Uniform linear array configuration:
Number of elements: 32
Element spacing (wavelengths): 0.75
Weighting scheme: exponential
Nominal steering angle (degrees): -45
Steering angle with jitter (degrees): -45.534
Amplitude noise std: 0.05
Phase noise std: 0.05

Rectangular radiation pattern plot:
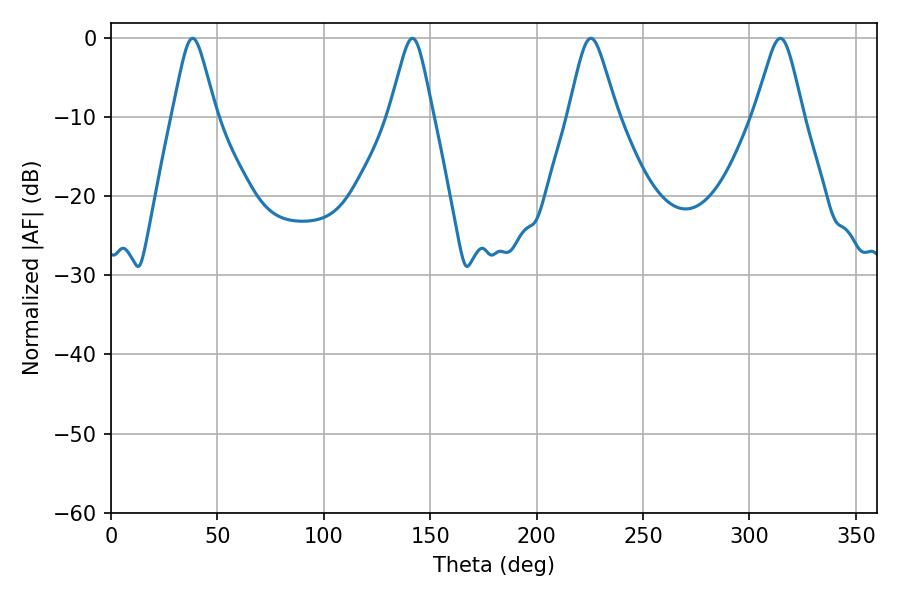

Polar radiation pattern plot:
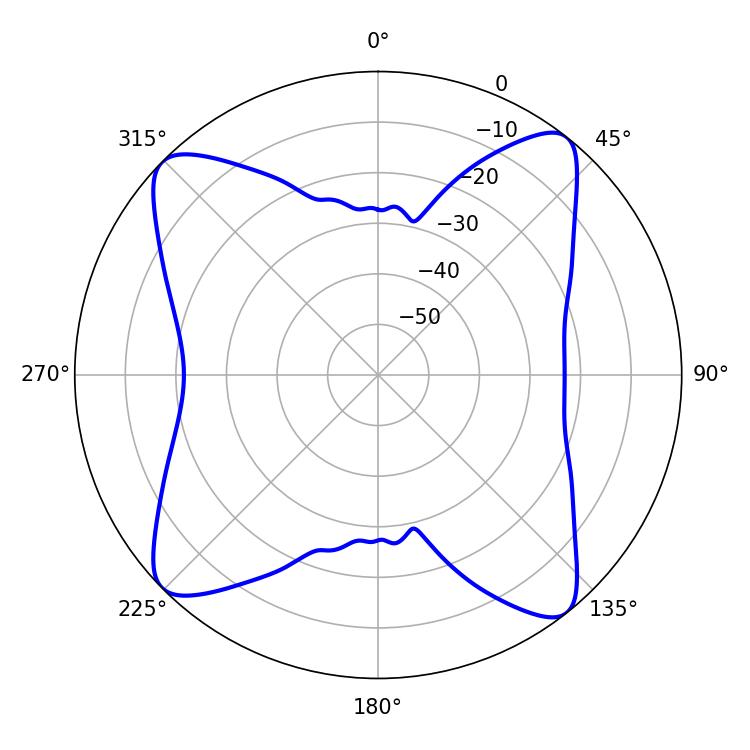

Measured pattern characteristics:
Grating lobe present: TRUE
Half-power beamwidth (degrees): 9.72
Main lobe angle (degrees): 38.34